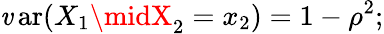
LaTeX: \operatorname{\mathit{v}ar}(X_{1}\midX_{2}=x_{2})=1-\rho^{2};